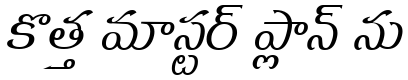
కొత్త మాస్టర్ ప్లాన్ ను